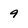
Character: 9